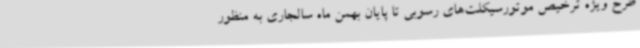
طرح ویژه ترخیص موتورسیکلت‌های رسوبی تا پایان بهمن ماه سالجاری به منظور